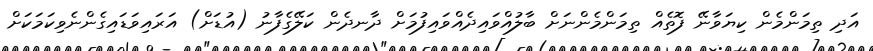
އަދި ތިމަންމެން ކިޔަވާނޭ ފޮތެއް ތިމަންމެންނަށް ބާލުއްވައިދެއްވައިފުމަށް ދާނދެން ކަލޭގެފާނު (އުޑަށް) އަރައިވަޑައިގެންނެވިކަމަކަށް